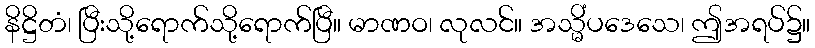
နိဋ္ဌိတံ၊ ပြီးသို့ရောက်သို့ရောက်ပြီ။ မာဏဝ၊ လုလင်။ အသ္မိံပဒေသေ၊ ဤအရပ်၌။